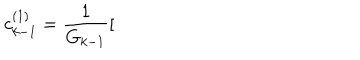
c _ { k - 1 } ^ { ( 1 ) } = \frac { 1 } { G _ { k - 1 } } [